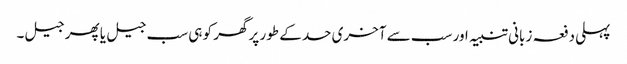
پہلی دفعہ زبانی تنبیہ اور سب سے آخری حد کے طور پر گھر کو ہی سب جیل یا پھر جیل۔